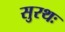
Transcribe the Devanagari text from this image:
सुरथः